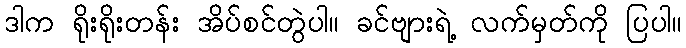
ဒါက ရိုးရိုးတန်း အိပ်စင်တွဲပါ။ ခင်ဗျားရဲ့ လက်မှတ်ကို ပြပါ။